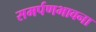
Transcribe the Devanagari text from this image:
समर्पणभावना